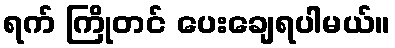
ရက် ကြိုတင် ပေးချေရပါမယ်။